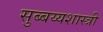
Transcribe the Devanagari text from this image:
सुब्बय्यशास्त्री